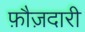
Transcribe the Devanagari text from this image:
फ़ौज़दारी